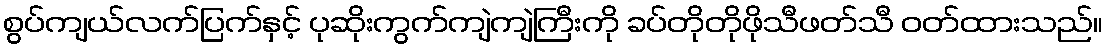
စွပ်ကျယ်လက်ပြက်နှင့် ပုဆိုးကွက်ကျဲကျဲကြီးကို ခပ်တိုတိုဖိုသီဖတ်သီ ဝတ်ထားသည်။